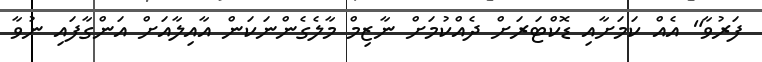
ފަރުވާ" އެއް ކަމަށާއި ޑޮކްޓަރަށް ދެއްކުމަށް ނާޒިމް މާލެގެންނަކަން އާއިލާއަށް އަންގާފައި ނުވާ